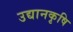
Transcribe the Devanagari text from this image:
उद्यानकृषि